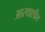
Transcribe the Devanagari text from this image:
आस्थाशील